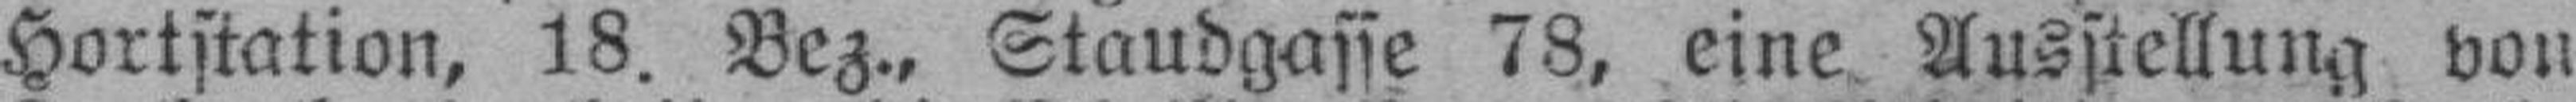
Hortstation, 18. Bez., Staudgasse 78, eine Ausstellung von